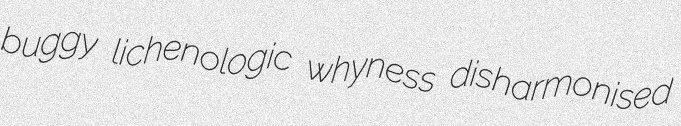
buggy lichenologic whyness disharmonised